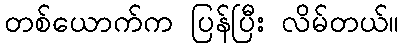
တစ်ယောက်က ပြန်ပြီး လိမ်တယ်။